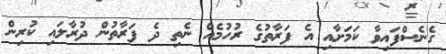
ގެނެސްފައިވާ ކަމަށާއި އެ ފަރާތުގެ ރުހުމެއް ނެތި ދެ ފަރާތުން ދުރާލައި ކުރިން